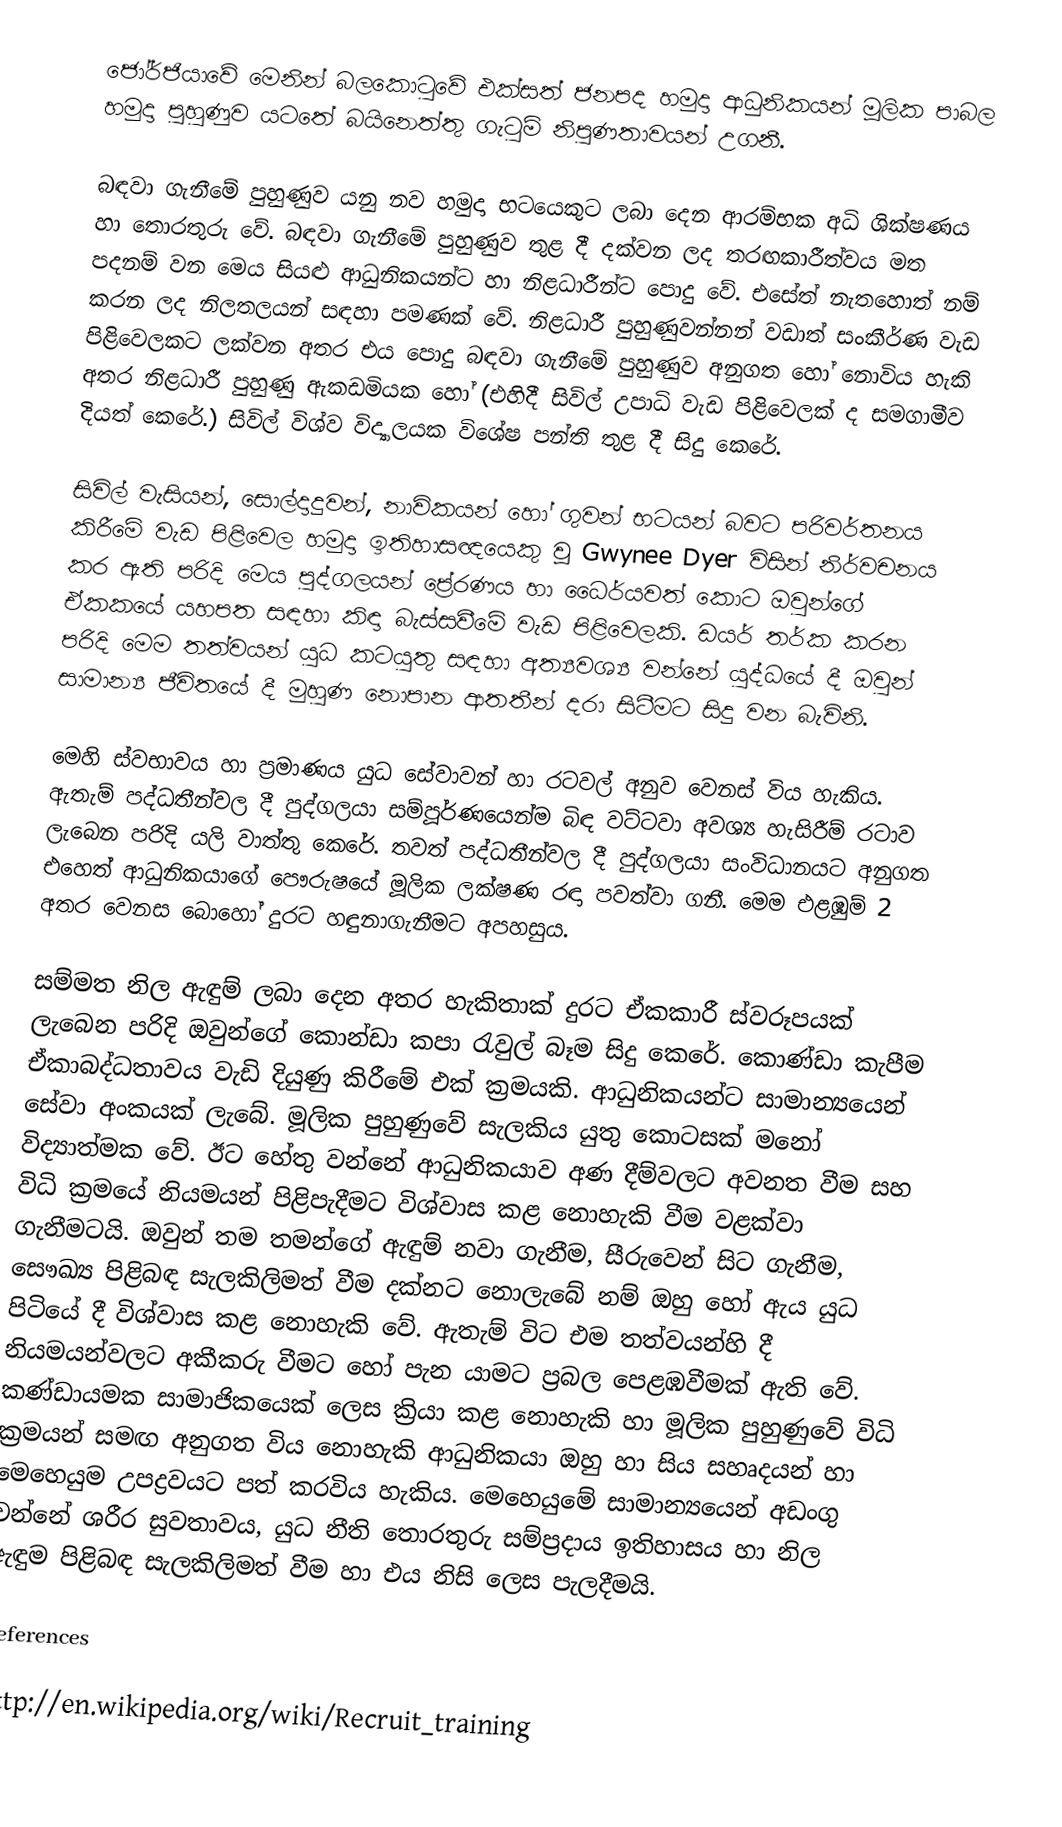
ජෝර්ජියාවේ මෙනින් බලකොටුවේ එක්සත් ජනපද හමුදා ආධුනිකයන් මූලික පාබල හමුදා පුහුණුව යටතේ බයිනෙත්තු ගැටුම් නිපුණතාවයන් උගනී.

බඳවා ගැනීමේ පුහුණුව යනු නව හමුදා භටයෙකුට ලබා දෙන ආරම්භක අධි ශික්ෂණය හා තොරතුරු වේ. බඳවා ගැනීමේ පුහුණුව තුළ දී දක්වන ලද තරඟකාරීත්වය මත පදනම් වන මෙය සියළු ආධුනිකයන්ට හා නිළධාරීන්ට පොදු වේ. එසේත් නැතහොත් නම් කරන ලද නිලතලයන් සඳහා පමණක් වේ. නිළධාරී පුහුණුවන්නන් වඩාත් සංකීර්ණ වැඩ පිළිවෙලකට ලක්වන අතර එය පොදු බඳවා ගැනීමේ පුහුණුව අනුගත හෝ නොවිය හැකි අතර නිළධාරී පුහුණු ඇකඩමියක හෝ (එහිදී සිවිල් උපාධි වැඩ පිළිවෙලක් ද සමගාමීව දියත් කෙරේ.) සිවිල් විශ්ව විද්‍යාලයක විශේෂ පන්ති තුළ දී සිදු කෙරේ.

සිවිල් වැසියන්, සොල්දාදුවන්, නාවිකයන් හෝ ගුවන් භටයන් බවට පරිවර්තනය කිරීමේ වැඩ පිළිවෙල හමුදා ඉතිහාසඥයෙකු වූ Gwynee Dyer විසින් නිර්වචනය කර ඇති පරිදි මෙය පුද්ගලයන් ප්‍රේරණය හා ධෛර්යවත් කොට ඔවුන්ගේ ඒකකයේ යහපත සඳහා කිඳා බැස්සවීමේ වැඩ පිළිවෙලකි. ඩයර් තර්ක කරන පරිදි මෙම තත්වයන් යුධ කටයුතු සඳහා අත්‍යවශ්‍ය වන්නේ යුද්ධයේ දී ඔවුන් සාමාන්‍ය ජීවිතයේ දී මුහුණ නොපාන ආතතීන් දරා සිටීමට සිදු වන බැවිනි.

මෙහි ස්වභාවය හා ප්‍රමාණය යුධ සේවාවන් හා රටවල් අනුව වෙනස් විය හැකිය. ඇතැම් පද්ධතීන්වල දී පුද්ගලයා සම්පූර්ණයෙන්ම බිඳ වට්ටවා අවශ්‍ය හැසිරීම් රටාව ලැබෙන පරිදි යලි වාත්තු කෙරේ. තවත් පද්ධතීන්වල දී පුද්ගලයා සංවිධානයට අනුගත එහෙත් ආධුනිකයාගේ පෞරුෂයේ මූලික ලක්ෂණ රඳා පවත්වා ගනී. මෙම එළඹුම් 2 අතර වෙනස බොහෝ දුරට හඳුනාගැනීමට අපහසුය.

සම්මත නිල ඇඳුම් ලබා දෙන අතර හැකිතාක් දුරට ඒකකාරී ස්වරූපයක් ලැබෙන පරිදි ඔවුන්ගේ කොන්ඩා කපා රැවුල් බෑම සිදු කෙරේ. කොණ්ඩා කැපීම ඒකාබද්ධතාවය වැඩි දියුණු කිරීමේ එක් ක්‍රමයකි. ආධුනිකයන්ට සාමාන්‍යයෙන් සේවා අංකයක් ලැබේ. මූලික පුහුණුවේ සැලකිය යුතු කොටසක් මනෝ විද්‍යාත්මක වේ. ඊට හේතු වන්නේ ආධුනිකයාව අණ දීම්වලට අවනත වීම සහ විධි ක්‍රමයේ නියමයන් පිළිපැදීමට විශ්වාස කළ නොහැකි වීම වළක්වා ගැනීමටයි. ඔවුන් තම තමන්ගේ ඇඳුම් නවා ගැනීම, සීරුවෙන් සිට ගැනීම, සෞඛ්‍ය පිළිබඳ සැලකිලිමත් වීම දක්නට නොලැබේ නම් ඔහු හෝ ඇය යුධ පිටියේ දී විශ්වාස කළ නොහැකි වේ. ඇතැම් විට එම තත්වයන්හි දී නියමයන්වලට අකීකරු වීමට හෝ පැන යාමට ප්‍රබල පෙළඹවීමක් ඇති වේ. කණ්ඩායමක සාමාජිකයෙක් ලෙස ක්‍රියා කළ නොහැකි හා මූලික පුහුණුවේ විධි ක්‍රමයන් සමඟ අනුගත විය නොහැකි ආධුනිකයා ඔහු හා සිය ‍සහෘදයන් හා මෙහෙයුම උපද්‍රවයට පත් කරවිය හැකිය. මෙහෙයුමේ සාමාන්‍යයෙන් අඩංගු වන්නේ ශරීර සුවතාවය, යුධ නීති තොරතුරු සම්ප්‍රදාය ඉතිහාසය හා නිල ඇඳුම පිළිබඳ සැලකිලිමත් වීම හා එය නිසි ලෙස පැලදීමයි.

References

http://en.wikipedia.org/wiki/Recruit_training